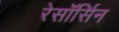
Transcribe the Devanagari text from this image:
रेसॉर्सिन